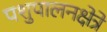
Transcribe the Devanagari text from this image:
पशुपालनक्षेत्रे